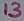
Text: 13